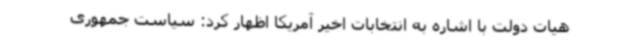
هیات دولت با اشاره به انتخابات اخیر آمریکا اظهار کرد: سیاست جمهوری